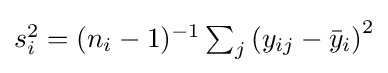
{\textstyle s_{i}^{2}=(n_{i}-1)^{-1}\sum _{j}\left(y_{ij}-{\bar {y}}_{i}\right)^{2}}